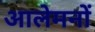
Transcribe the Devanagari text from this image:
आलेमनों